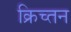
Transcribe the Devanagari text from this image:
क्रिच्तन